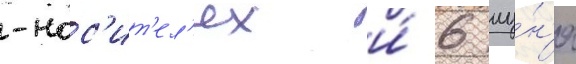
-нос'ит'ел'ях и́ 6 иу́н'я